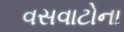
વસવાટોના